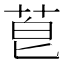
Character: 𫈇